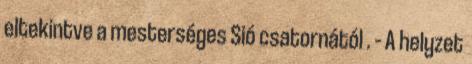
eltekintve a mesterséges Sió csatornától . – A helyzet